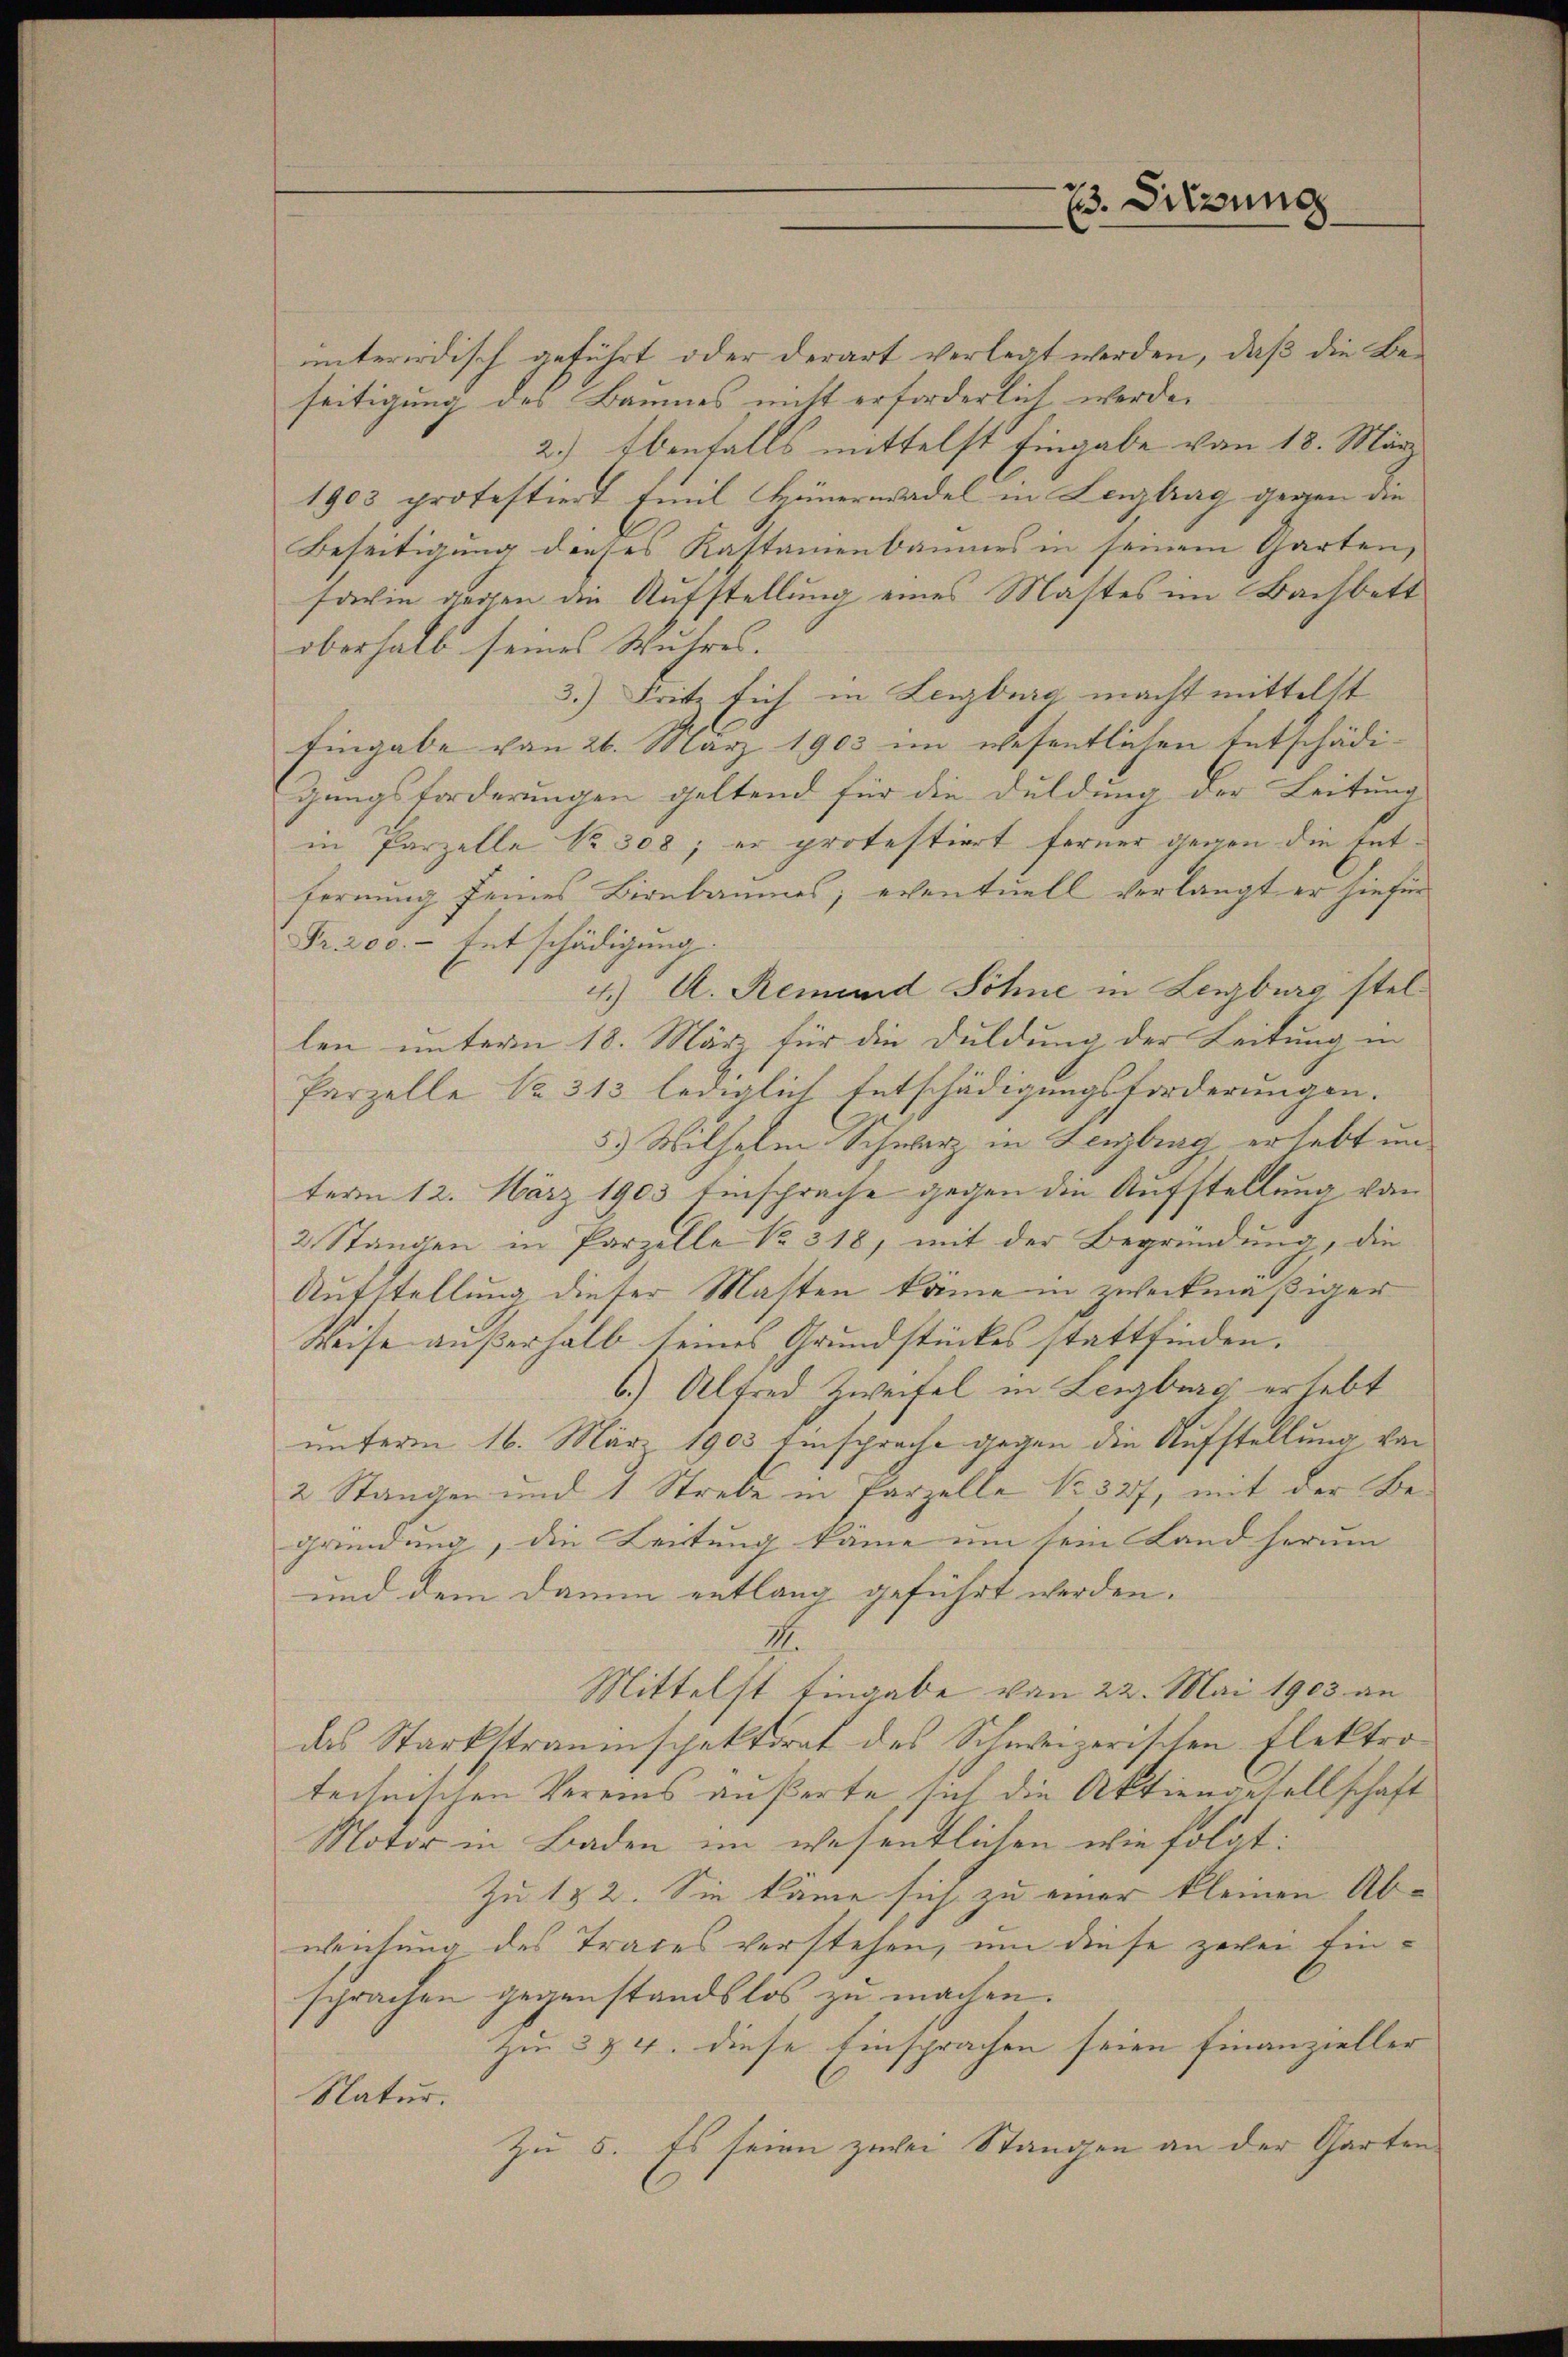
interirdisch geführt oder derart verlegt werden, daß die Beseitigung des Baumes mitt erforderlich werden
2.) Ebenfalls mittelst Eingabe von 18. März
1903 protestiert, Emil Hünerwadel in Legtrag gegen die
Beseitigung dieses Kastamenbaumes in seinem Garten,
sawin gegen die Aufstellung eines Mastes im Bachbett
oberhalb seines Wuhres.
3.) Fritz sich in Lenzburg macht mittelst
Eingabe von 26. März 1903 im wesentlichen Entschädigungsforderungen geltend für die Duldung der Leitung
in Parzelle Nr. 308; er protestiert ferner gegen die Entfernung seines Birnbaumes, eventuell verlangt er hiefür
Fr. 200. - Entschädigung
4.) A. Remund Söhne in Lenzburg stellen unterm 18. März für die Duldung der Leitung in
Parzelle Nr. 313 lediglich Entschädigungsforderungen.
5.) Wilhelm Schwarz in Lenzburg erhebt unterm 12. März 1903 Einsprache gegen die Aufstellung von
2. Stangen in Parzelle Nr. 318, mit der Begründung, die
Aufstellung dieser Masten käme in zweckmäßiger
Weise außerhalb seines Grundstückes stattfinden.
6.) Alfred Zweifel in Leigburg erhebt
unterm 16. März 1903 Einsprache gegen die Aufstellung von
2 Stangen und 1 Strebe in Parzelle Nr. 327, mit der Begründung, die Leitung käme um sein Land herum
und dem Damm entlang geführt werden.
1.
Mittelst Eingabe von 22. Mai 1903 an
das Starkstrauinspektorat des Schweizerischen Flektro-
teiseischen Vereins äußerte, sich die Aktiengesellschaft
Motor in Baden im wesentlichen wie folgt:
Zu 182. Sie käme sich zu einer kleinen Ab-
weichung des Trages verstehen, um diese zwei Einsprachen gegenstandslos zu machen.
Zu 3 & 4. diese Einsprachen seien Finanzieller
Natur.
Zu 5. Es seien zwei Stangen an der Garten

73. Sitzung